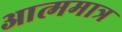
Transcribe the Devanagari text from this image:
आत्ममात्र